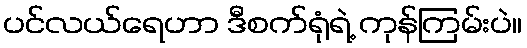
ပင်လယ်ရေဟာ ဒီစက်ရုံရဲ့ ကုန်ကြမ်းပဲ။